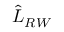
\hat { L } _ { R W }